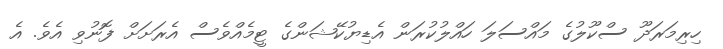
ހިރިމަރަދޫ ސްކޫލުގެ މައްސަލަ ހައްލުކުރަން އެޑިޔުކޭޝަންގެ ޓީމެއްވެސް އެރަށަށް ފޮނުވި އެވެ. އެ